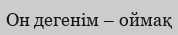
Он дегенiм – оймақ